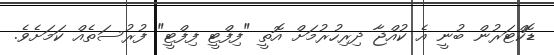
ޑޮކްޓަރުން ބުނީ އެ ކުއްޖާ ދިރިހުރުމަށް އޮތީ "ފިފްޓީ ފިފްޓީ" ފުރުސަތެއް ކަމަށެވެ.